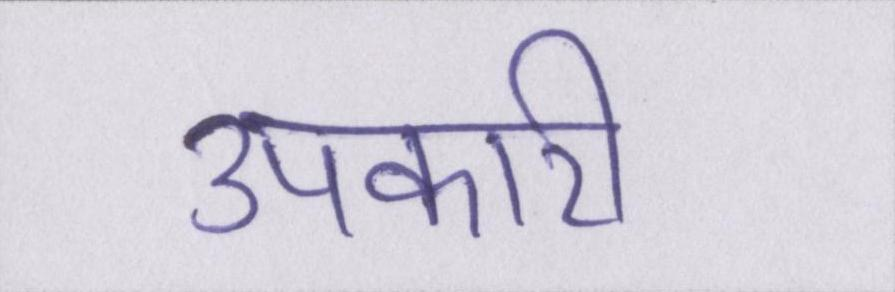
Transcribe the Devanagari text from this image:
उपकारी